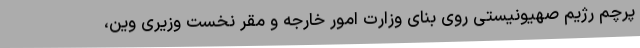
پرچم رژیم صهیونیستی روی بنای وزارت امور خارجه و مقر نخست وزیری وین،